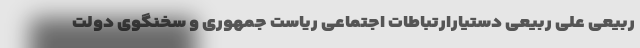
ربیعی علی ربیعی دستیارارتباطات اجتماعی ریاست جمهوری و سخنگوی دولت